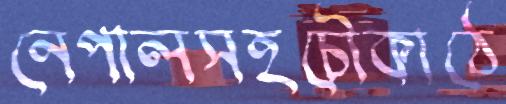
নেপালসহচৌকাঠে